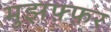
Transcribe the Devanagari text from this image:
मुझफ़्फ़र